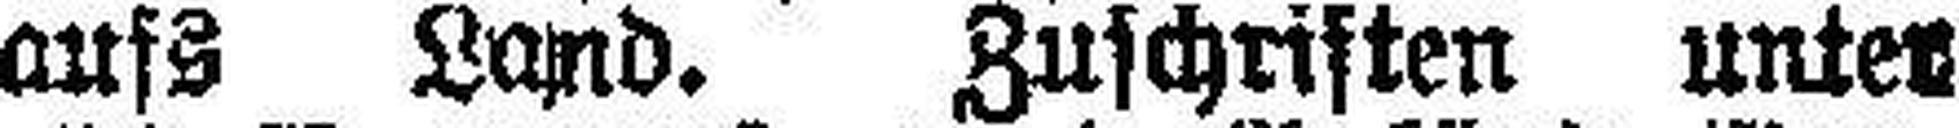
aufs Land. Zuschriften unter